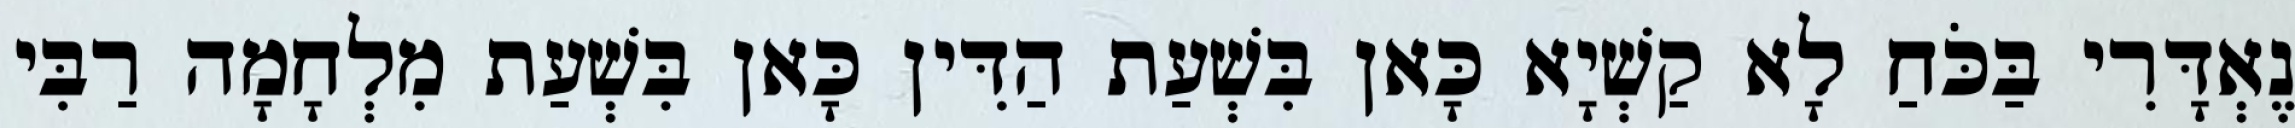
נֶאְדָּרִי בַּכֹּחַ לָא קַשְׁיָא כָּאן בִּשְׁעַת הַדִּין כָּאן בִּשְׁעַת מִלְחָמָה רַבִּי